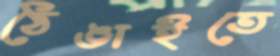
ঠেঙাইতে